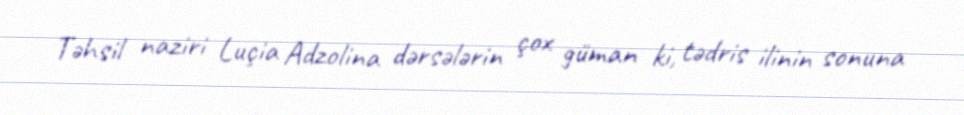
Təhsil naziri Luçia Adzolina dərsələrin çox güman ki, tədris ilinin sonuna